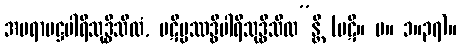
အပရာမဋ္ဌပါရိသုဒ္ဓိသီလံ, ပဋိပ္ပဿဒ္ဓိပါရိသုဒ္ဓိသီလ”န္တိ (ပဋိ။ မ။ ၁။၃၇)။